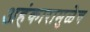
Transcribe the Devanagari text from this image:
अहंकारामुळेच